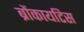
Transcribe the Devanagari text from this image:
ब्रोंकायटिस